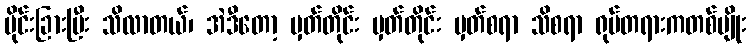
ပိုင်းခြားပြီး သိလာတယ်၊ အဲဒီတော့ မှတ်တိုင်း မှတ်တိုင်း မှတ်စရာ သိစရာ ရုပ်တရားကတစ်မျိုး